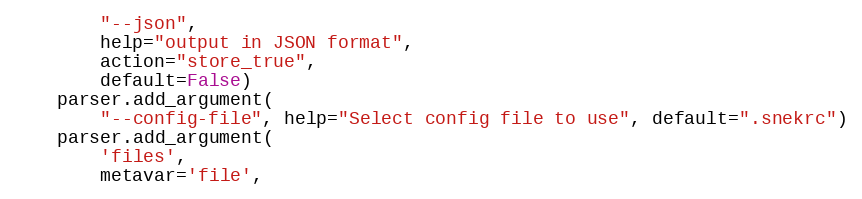
Language: Python
        "--json",
        help="output in JSON format",
        action="store_true",
        default=False)
    parser.add_argument(
        "--config-file", help="Select config file to use", default=".snekrc")
    parser.add_argument(
        'files',
        metavar='file',